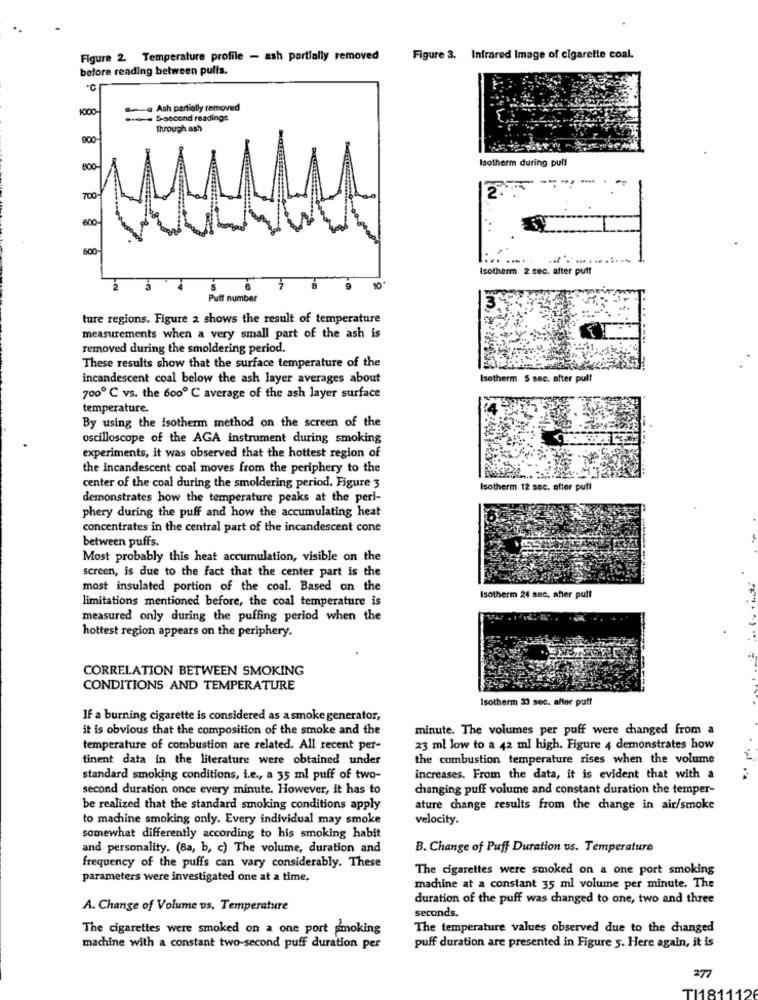
Figure 2. Temperature profile - ash partially removed
Figure 3. Infrared Image of cigarette coal.
before reading between pulis.
1000-
a Ash partially removed
S-second readings
through ash
900
Isotherm during pull
BOO
------
700
600
500-
Isotherm 2 sec. after puff
10"
2
5
Puff number
EM,
ture regions. Figure 2 shows the result of temperature
measurements when a very small part of the ash is
removed during the smoldering period.
These results show that the surface temperature of the
incandescent coal below the ash layer averages about
Isotherm 5 sec. after pul!
700 ℃ vs. the 600 ℃ average of the ash layer surface
temperature.
By using the isotherm method on the screen of the
oscilloscope of the AGA instrument during smoking
experiments, it was observed that the hottest region of
the incandescent coal moves from the periphery to the
center of the coal during the smoldering period. Figure 3
Isotherm 12 sec. alier puff
demonstrates how the temperature peaks at the peri-
phery during the puff and how the accumulating heat
concentrates in the central part of the incandescent cone
between puffs.
Most probably this heat accumulation, visible on the
screen, is due to the fact that the center part is the
most insulated portion of the coal. Based on the
limitations mentioned before, the coal temperature is
Isotherm 24 sec, ahier pull
measured only during the puffing period when the
hottest region appears on the periphery.
CORRELATION BETWEEN SMOKING
CONDITIONS AND TEMPERATURE
Isotherm 33 sec. after puff
If a burning cigarette is considered as a smoke generator,
it is obvious that the composition of the smoke and the
minute. The volumes per puff were changed from a
temperature of combustion are related. All recent per-
23 ml low to a 42 ml high. Figure 4 demonstrates how
tinent data in the literature were obtained under
the combustion temperature rises when the volume
standard smoking conditions, i.e ., a 35 ml puff of two-
increases. From the data, it is evident that with a
second duration once every minute. However, it has to
changing puff volume and constant duration the temper-
be realized that the standard smoking conditions apply
ature change results from the change in air/smoke
to machine smoking only. Every individual may smoke
velocity.
somewhat differently according to his smoking habit
and personality. (8a, b, c) The volume, duration and
B. Change of Puff Duration us. Temperature
frequency of the puffs can vary considerably. These
The cigarettes were smoked on a one port smoking
parameters were investigated one at a time.
machine at a constant 35 ml volume per minute. The
duration of the puff was changed to one, two and three
A. Change of Volume vs. Temperature
seconds.
The cigarettes were smoked on a one port smoking
The temperature values observed due to the changed
machine with a constant two-second puff duration per
puff duration are presented in Figure 5. Here again, it is
277
TI1811